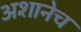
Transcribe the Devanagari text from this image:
अशानेच